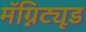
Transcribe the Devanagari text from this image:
मॅग्निट्यूड